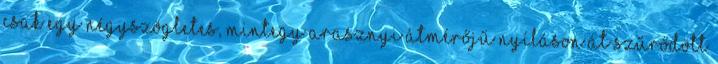
csak egy négyszögletes, mintegy arasznyi átmérőjű nyíláson át szűrődött